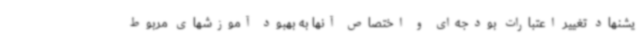
یشنهاد تغییر اعتبارات بودجه‌ای و اختصاص آنها به بهبود آموزشهای مربوط